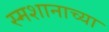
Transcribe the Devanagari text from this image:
स्मशानाच्या